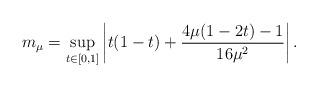
LaTeX: \begin{align*}m_\mu = \sup_{t\in [0,1]}\left|t(1-t)+\frac{4\mu(1-2t)-1}{16\mu^2}\right|.\end{align*}